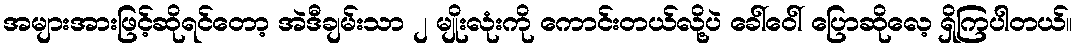
အများအားဖြင့်ဆိုရင်တော့ အဲဒီချမ်းသာ ၂ မျိုးလုံးကို ကောင်းတယ်လို့ပဲ ခေါ်ဝေါ် ပြောဆိုလေ့ ရှိကြပါတယ်။